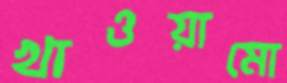
খাওয়ামো